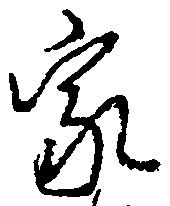
家